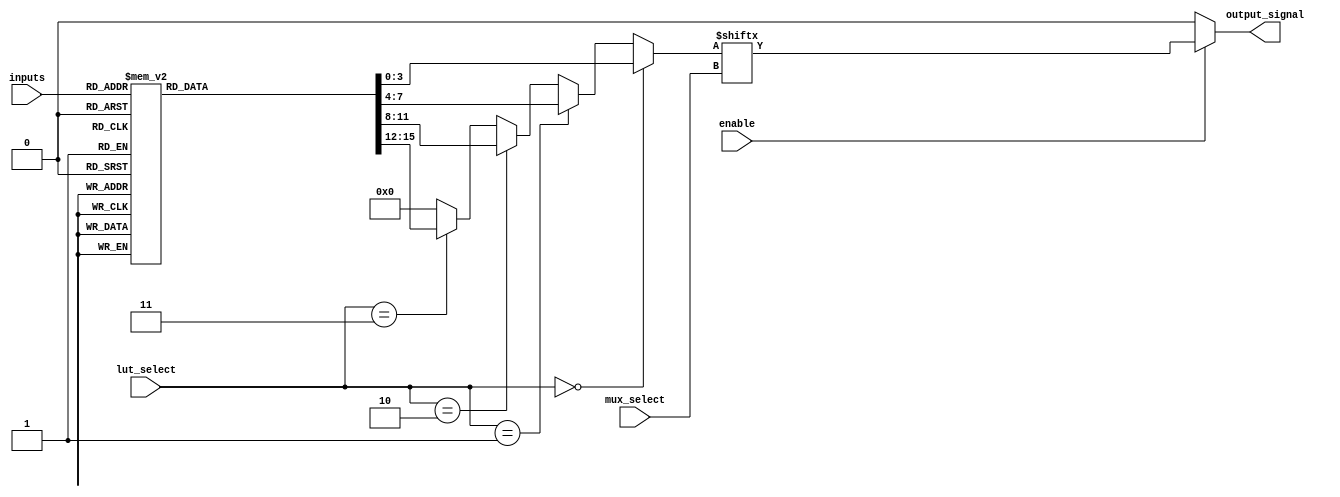
module CLB (
    input wire [3:0] inputs,          // Input signals (4 inputs)
    input wire [1:0] lut_select,      // Select signal for the LUT output
    input wire [1:0] mux_select,      // Select signal for the multiplexer
    input wire enable,                 // Enable signal
    output wire output_signal          // Output signal
);

// Look-Up Table (LUT) implementation
reg [15:0] lut; // 4-input LUT (2^4 = 16 possible entries)

always @(*) begin
    // Example lookup table initialization (customize as needed)
    case (inputs)
        4'b0000: lut = 16'b0000000000000000; // LUT output for 0000
        4'b0001: lut = 16'b0000000000000001; // LUT output for 0001
        4'b0010: lut = 16'b0000000000000010; // LUT output for 0010
        4'b0011: lut = 16'b0000000000000011; // LUT output for 0011
        4'b0100: lut = 16'b0000000000000100; // LUT output for 0100
        4'b0101: lut = 16'b0000000000000111; // LUT output for 0101, example logic
        4'b0110: lut = 16'b0000000000001110; // LUT output for 0110, example logic
        4'b0111: lut = 16'b0000000000011111; // LUT output for 0111, example logic
        4'b1000: lut = 16'b0000000000111111; // LUT output for 1000, example logic
        // ... can continue to define all combinations ...
        default: lut = 16'b0000000000000000; // Default to 0
    endcase
end

// Multiplexers for selecting LUT outputs
wire [3:0] lut_output;

// Select the specific LUT output based on lut_select
assign lut_output = (lut_select == 2'b00) ? lut[3:0] :
                    (lut_select == 2'b01) ? lut[7:4] :
                    (lut_select == 2'b10) ? lut[11:8] :
                    (lut_select == 2'b11) ? lut[15:12] : 4'b0000;

// Final output logic, controlled by enable
assign output_signal = enable ? lut_output[mux_select] : 1'b0;

endmodule